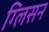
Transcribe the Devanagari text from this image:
ग्लिसन